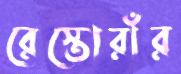
রেস্তোরাঁর